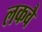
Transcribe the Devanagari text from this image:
लकवै